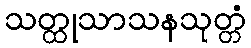
သတ္ထုသာသနသုတ္တံ